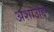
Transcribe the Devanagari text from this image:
अशाउद्दिन